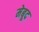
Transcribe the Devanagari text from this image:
मेबूद